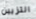
التزيين